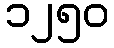
၁၂၅၀